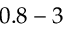
0 . 8 - 3